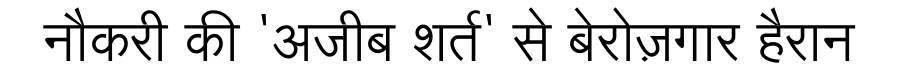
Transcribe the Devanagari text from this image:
नौकरी की 'अजीब शर्त' से बेरोज़गार हैरान